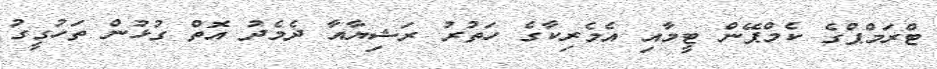
ޓްރަމްޕްގެ ކެމްޕޭން ޓީމާއި އެމެރިކާގެ ހަތުރު ރަޝިޔާއާ ދެމެދު އޮތް ގުޅުން ތަހުގީގު